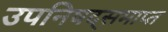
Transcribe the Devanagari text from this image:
उपनिषद्समाप्त